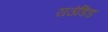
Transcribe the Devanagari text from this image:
राउंडिड